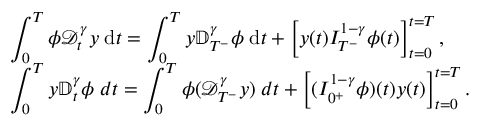
\begin{array} { l l l } & { \displaystyle \int _ { 0 } ^ { T } \phi { \mathcal D } _ { t } ^ { \gamma } y \; \mathrm { d } t = \int _ { 0 } ^ { T } y { \mathbb D } _ { T ^ { - } } ^ { \gamma } \phi \; \mathrm { d } t + \left[ y ( t ) I _ { T ^ { - } } ^ { 1 - \gamma } \phi ( t ) \right] _ { t = 0 } ^ { t = T } , } \\ & { \displaystyle \int _ { 0 } ^ { T } y { \mathbb D } _ { t } ^ { \gamma } \phi \; d t = \displaystyle \int _ { 0 } ^ { T } \phi ( { \mathcal D } _ { T ^ { - } } ^ { \gamma } y ) \; d t + \left[ ( I _ { 0 ^ { + } } ^ { 1 - \gamma } \phi ) ( t ) y ( t ) \right] _ { t = 0 } ^ { t = T } . } \end{array}